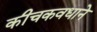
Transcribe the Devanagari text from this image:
कीचकवधाने